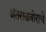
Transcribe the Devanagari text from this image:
अंतराळवीराचे